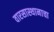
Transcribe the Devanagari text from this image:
वारसास्थानाचा